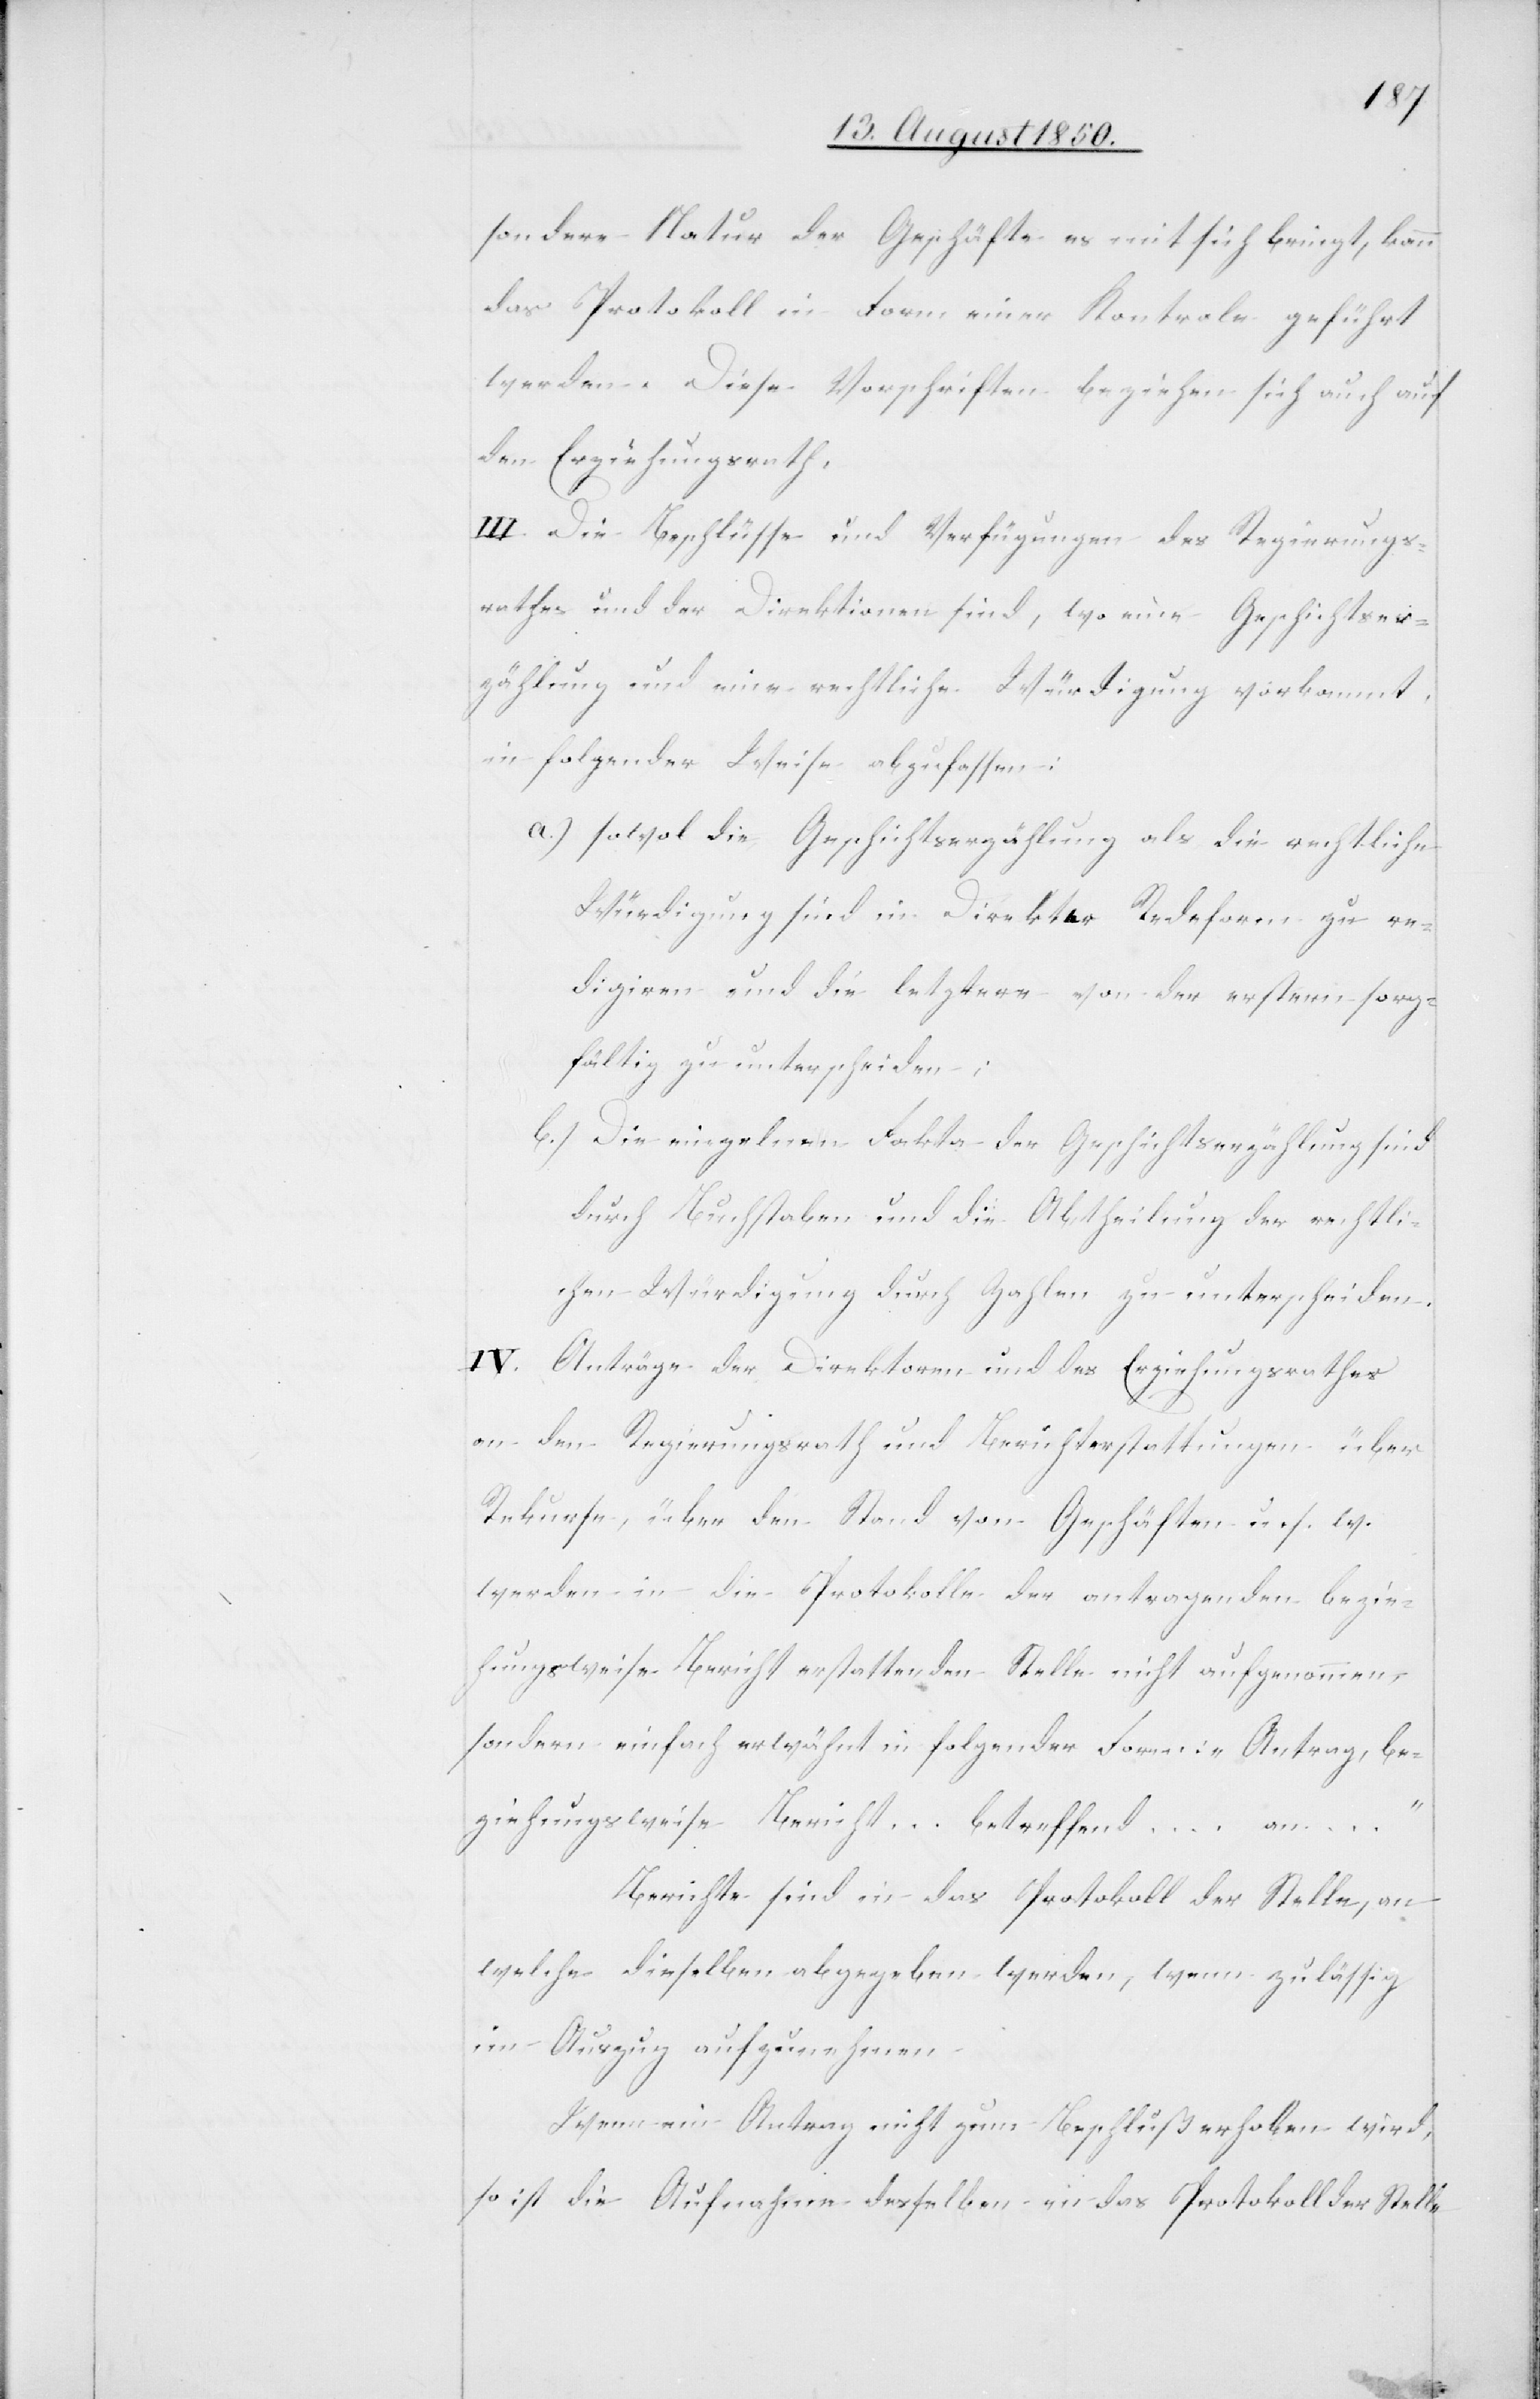
sondere Natur der Geschäfte es mit sich bringt, kann
das Protokoll in Form einer Kontrole geführt
werden. Diese Vorschriften beziehen sich auch auf
den Erziehungsrath,
III. Die Beschlüsse und Verfügungen des Regierungs¬
rathes und der Direktionen sind, wo eine Geschichtser¬
zählung und eine rechtliche Würdigung vorkommt,
in folgender Weise abzufassen:
a.) sowol die Geschichtserzählung als die rechtliche
Würdigung sind in Direkter Redeform zu re¬
digiren und die letztere von den erstern sorg¬
fältig zu unterscheiden;
b.) Die einzelnen Fakta der Geschichtserzählung sind
durch Buchstaben und die Abtheilung der rechtli¬
chen Würdigung durch Zahlen zu unterscheiden.
IV. Anträge der Direktoren und des Erziehungsrathes
an den Regierungsrath und Berichterstattungen über
Rekurse, über den Stand von Geschäften u. s. w.
werden in die Protokolle der antragenden bezie¬
hungsweise Bericht erstattenden Stelle nicht aufgenommen,
sondern einfach erwähnt in folgender Form: „Antrag, be¬
ziehungsweise Bericht … betreffend … an
Berichte sind in das Protokoll der Stelle, an
welche dieselben abgegeben werden, wenn zulässig
im Auszug aufzunehmen.
Wenn ein Antrag nicht zum Beschluß erhoben wird,
so ist die Aufnahme desselben in das Protokoll der Stelle